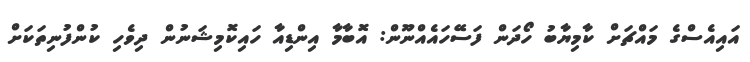
އައިއެސްގެ މައްޗަށް ކާމިޔާބު ހޯދަން ފަސޭހައެއްނޫން: އޮބާމާ އިންޑިއާ ހައިކޮމިޝަނުން ދިވެހި ކުންފުނިތަކަށް